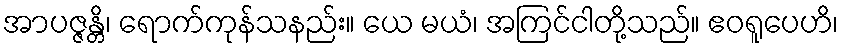
အာပဇ္ဇန္တိ၊ ရောက်ကုန်သနည်း။ ယေ မယံ၊ အကြင်ငါတို့သည်။ ဧဝရူပေဟိ၊